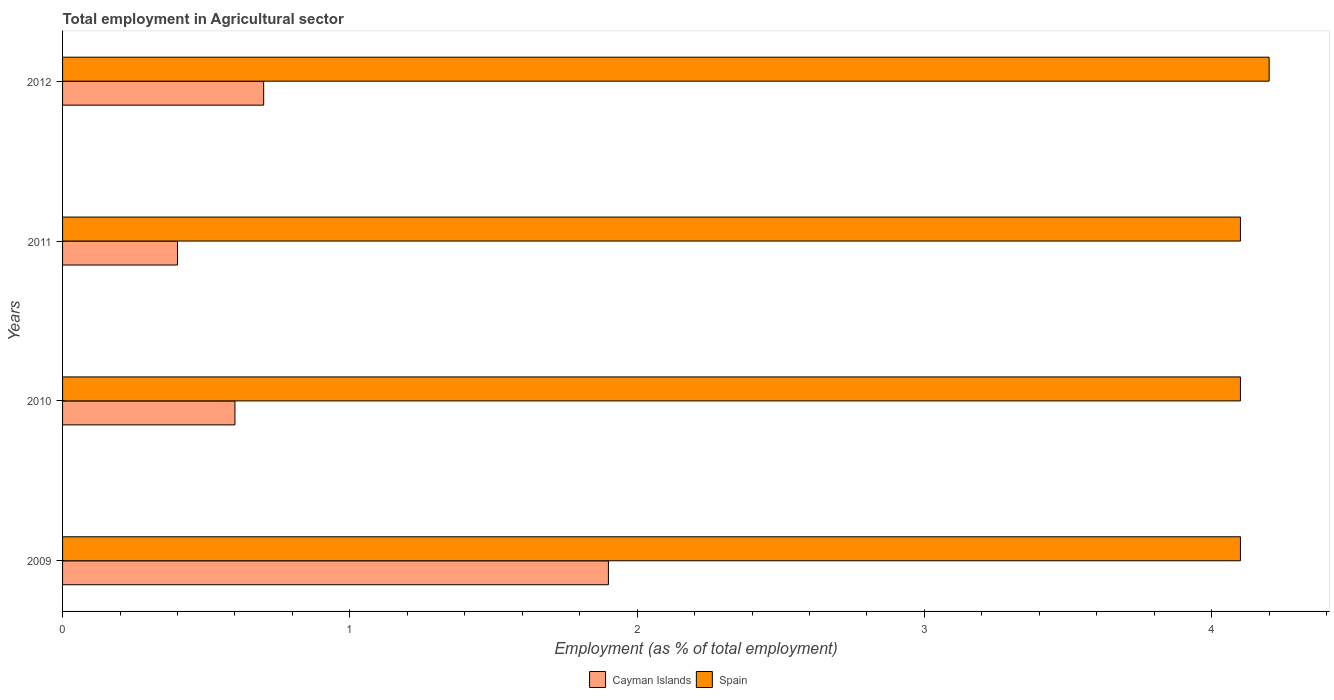
| Years | Cayman Islands | Spain |
 | --- | --- | --- |
 | 2009 | 1.9 | 4.1 |
 | 2010 | 0.6 | 4.1 |
 | 2011 | 0.4 | 4.1 |
 | 2012 | 0.7 | 4.2 |